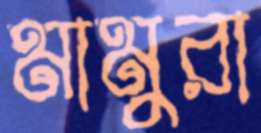
মামুরা